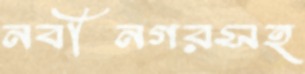
নবীনগরসহ